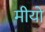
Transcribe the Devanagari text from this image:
मीयो